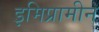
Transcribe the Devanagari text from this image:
इमिप्रामीन